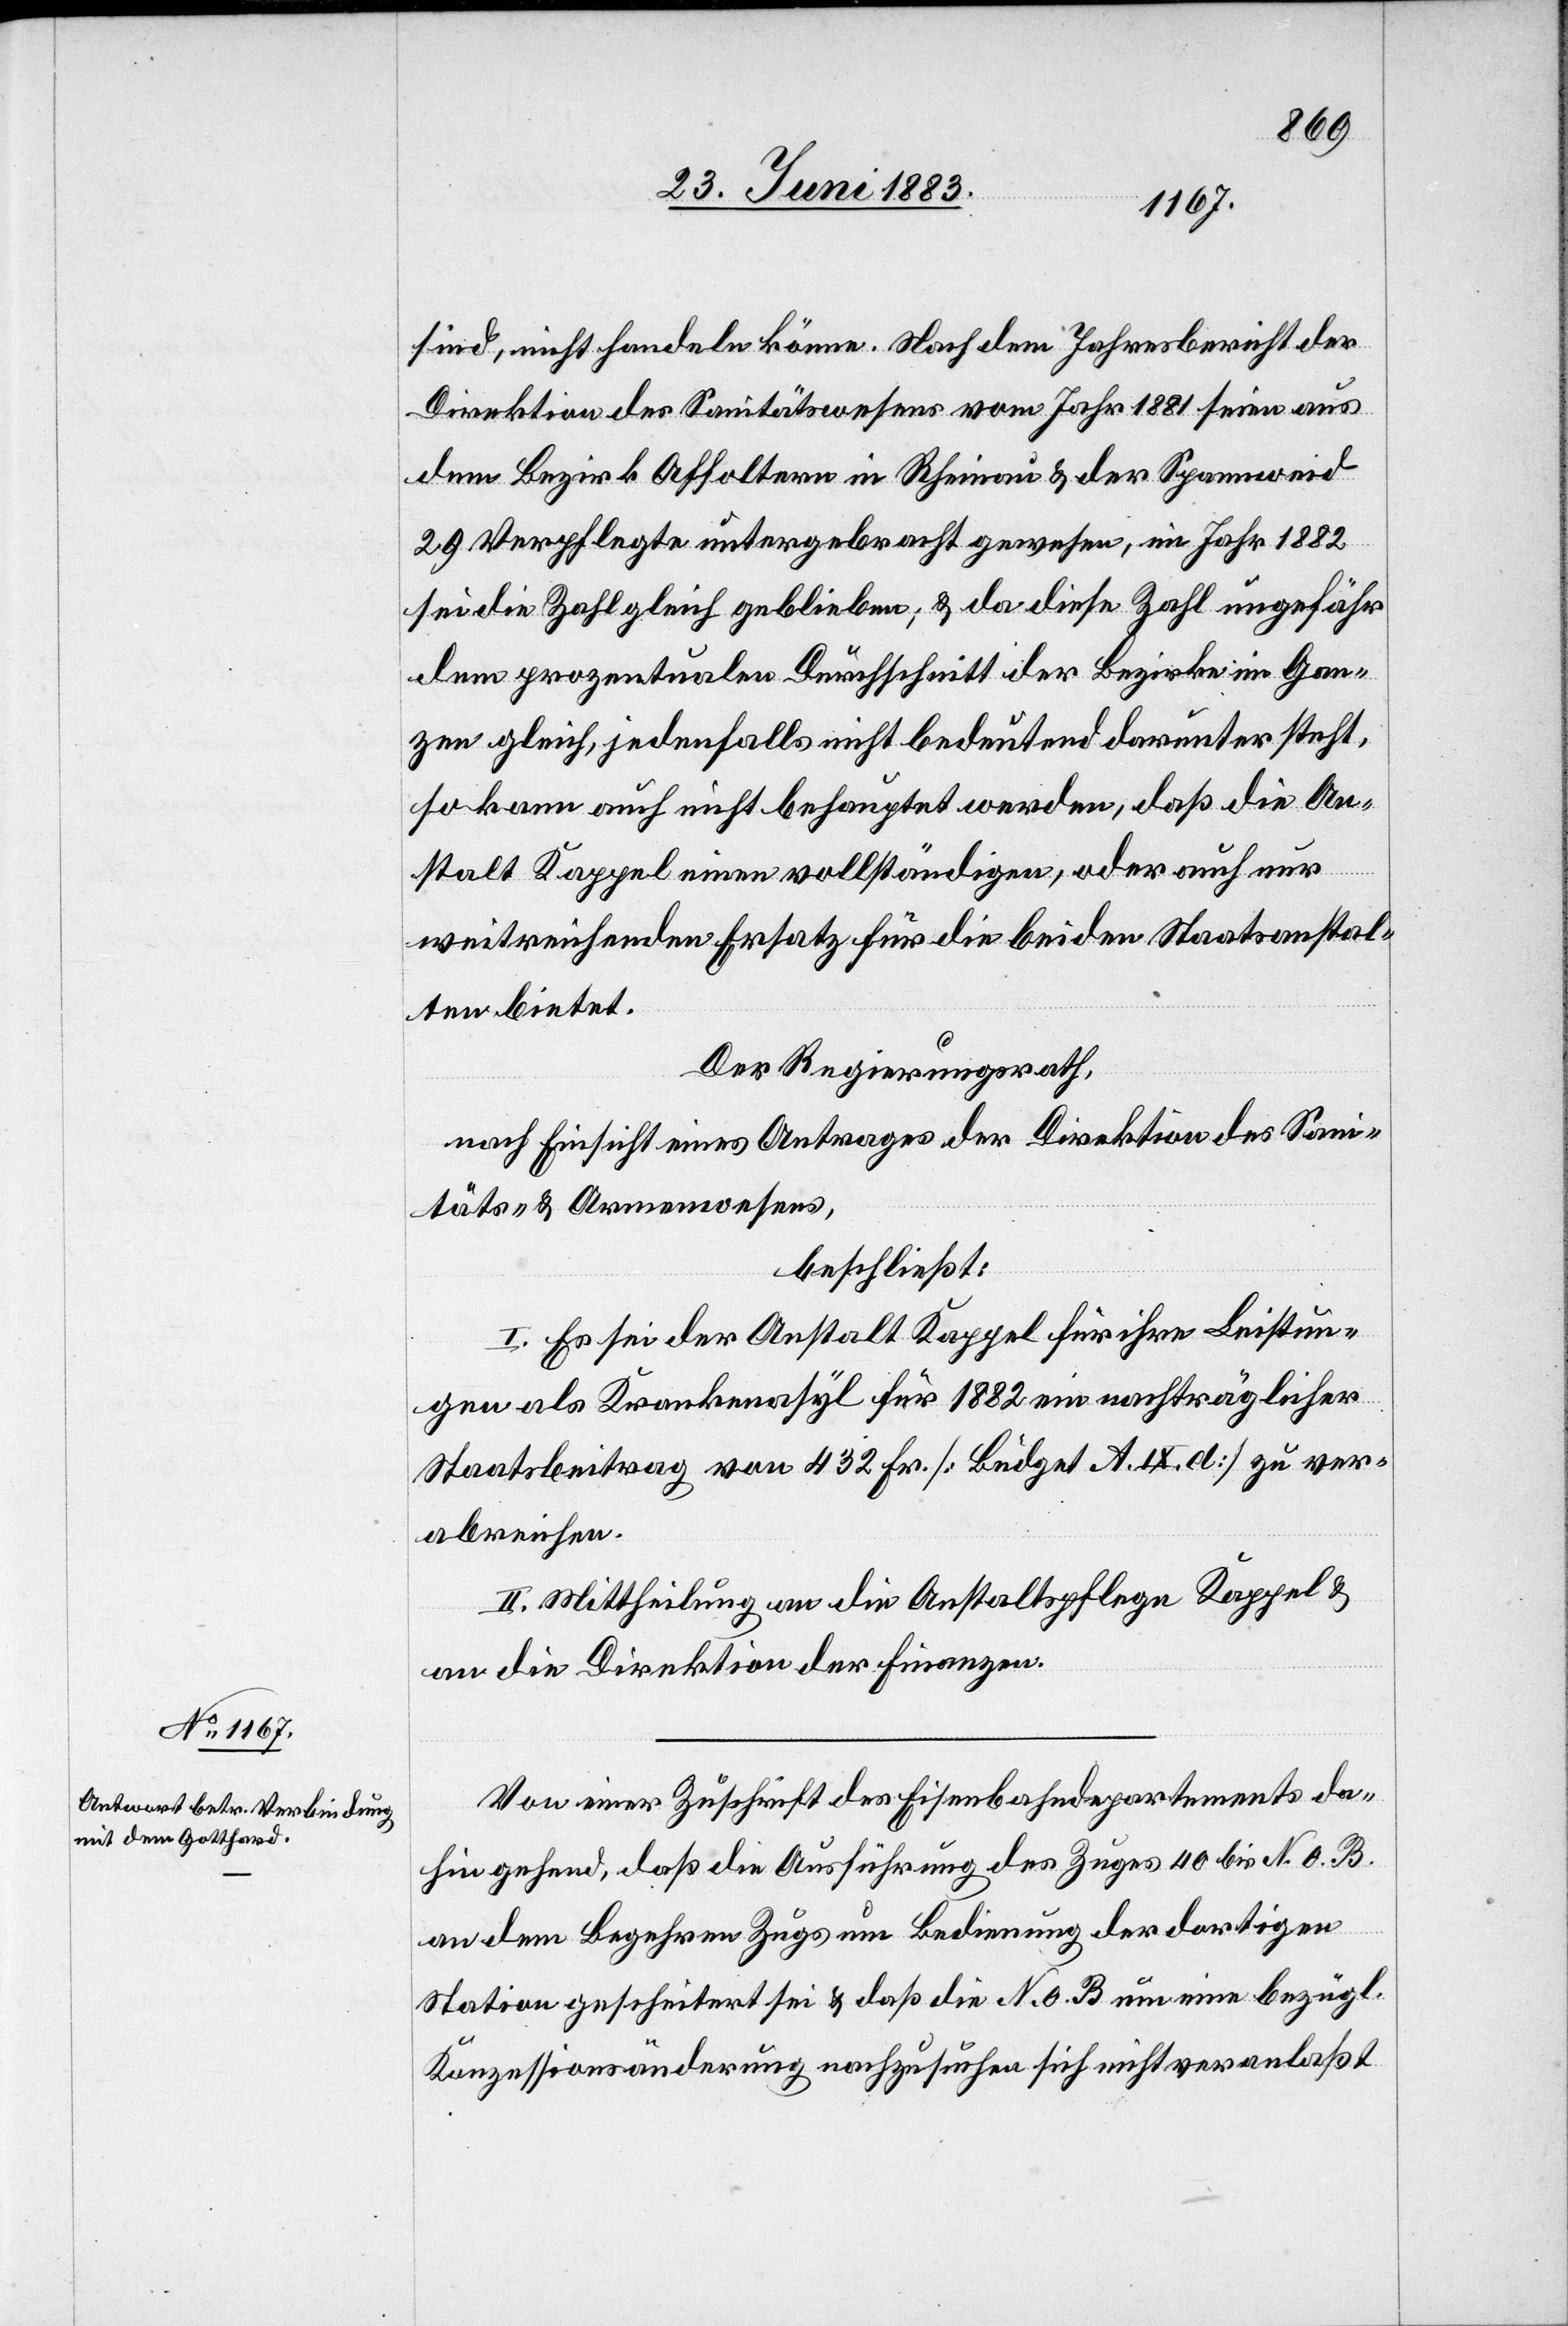
sind, nicht handeln könne. Nach dem Jahresbericht der
Direktion des Sanitätswesens vom Jahr 1881 seien aus
dem Bezirk Affoltern in Rheinau & der Spannweid
29 Verpflegte untergebracht gewesen, im Jahr 1882
sei die Zahl gleich geblieben, & da diese Zahl ungefähr
dem prozentualen Durchschnitt der Bezirke im Gan¬
zen gleicht, jedenfalls nicht bedeutend darunter steht,
so kann auch nicht behauptet werden, daß die An¬
niß¬
stalt Kappel einen vollständigen, oder auch nur
weitreichenden Ersatz für die beiden Staatsanstal¬
ten bietet.
Der Regierungsrath,
nach Einsicht eines Antrages der Direktion des Sanit¬
sens- & Armenwesens,
beschließt:
I. Es sei der Anstalt Kappel für ihre Leistun¬
gen als Krankenasyl für 1882 ein nachträglicher
Staatsbeitrag von 432 Fr. [Büdget A. IX. d] zu ver¬
abreichen.
II. Mittheilung an die Anstaltspflege Kappel &
an die Direktion der Finanzen.
Von einer Zuschrift des Eisenbahndepartements da¬
hin gehend, daß die Ausführung des Zuges 40 bis N. O. B.
we¬
an dem Begehren Zugs um Bedienung der dortigen
Station gescheitert sei & daß die N. O. B. um eine bezügl.
Konzessionsänderung nachzusuchen sich nicht veranlaßt